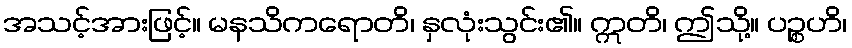
အသင့်အားဖြင့်။ မနသိကရောတိ၊ နှလုံးသွင်း၏။ ဣတိ၊ ဤသို့။ ပဉ္စဟိ၊